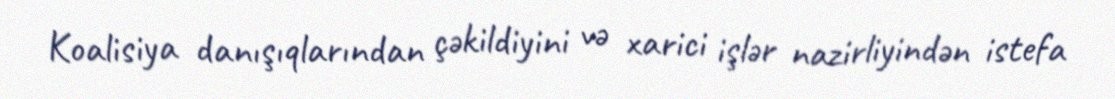
Koalisiya danışıqlarından çəkildiyini və xarici işlər nazirliyindən istefa